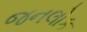
જનલોક